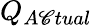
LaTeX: Q_{A\mathscr{C}tual}\,